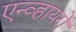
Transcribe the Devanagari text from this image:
एन्व्हायरो